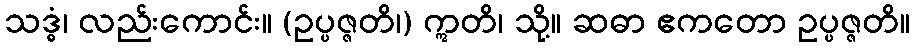
သဒ္ဓံ၊ လည်းကောင်း။ (ဥပ္ပဇ္ဇတိ၊) ဣတိ၊ သို့။ ဆဓာ ဧကတော ဥပ္ပဇ္ဇတိ။